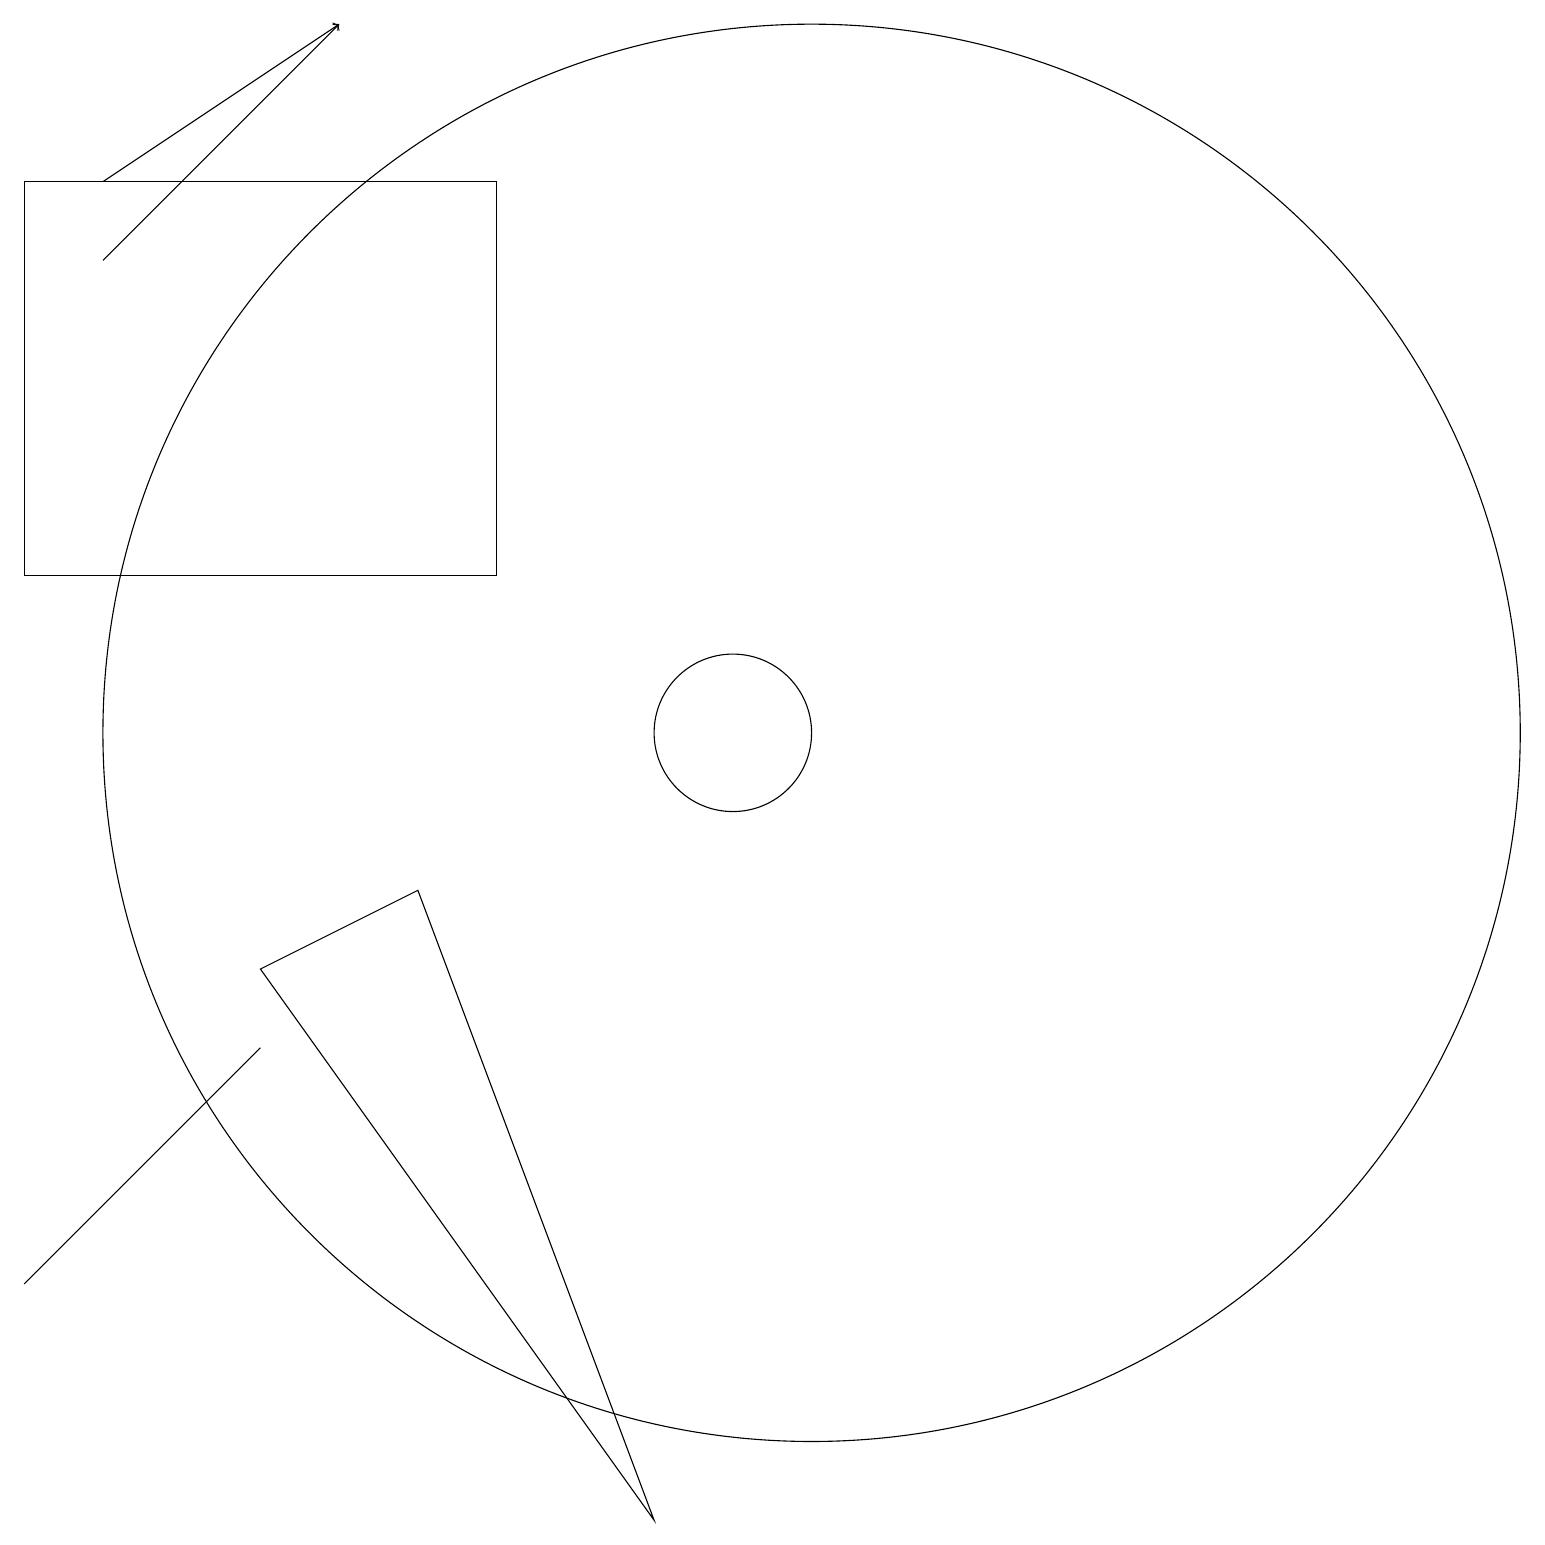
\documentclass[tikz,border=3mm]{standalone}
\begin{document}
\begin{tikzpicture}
\draw[->] (2,17) -- (5,19);
\draw[->] (2,16) -- (5,19);
\draw (11,10) circle (9);
\draw (7,17) rectangle (1,12);
\draw (10,10) circle (1);
\draw (4,6) -- (4,6) -- (1,3) -- cycle;
\draw (6,8) -- (9,0) -- (4,7) -- cycle;
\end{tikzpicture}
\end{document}